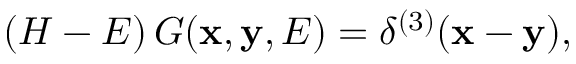
\left( { \cal H } - E \right) G ( { \bf x } , { \bf y } , E ) = \delta ^ { ( 3 ) } ( { \bf x } - { \bf y } ) ,